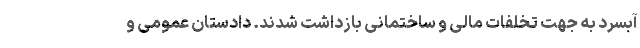
آبسرد به جهت تخلفات مالی و ساختمانی بازداشت شدند. دادستان عمومی و